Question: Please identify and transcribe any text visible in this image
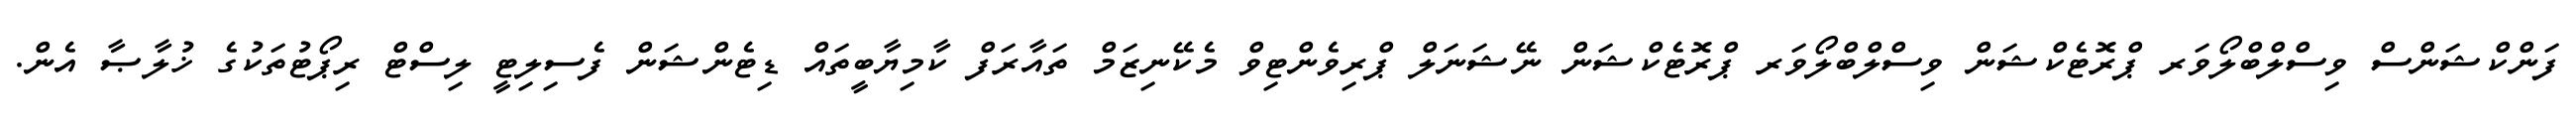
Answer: ފަންކްޝަންސް ވިސްލްބްލޯވަރ ޕްރޮޓެކްޝަން ވިސްލްބްލޯވަރ ޕްރޮޓެކްޝަން ނޭޝަނަލް ޕްރިވެންޓިވް މެކޭނިޒަމް ތައާރަފް ކާމިޔާބީތައް ޑިޓެންޝަން ފެސިލިޓީ ލިސްޓް ރިޕޯޓުތަކުގެ ޚުލާޞާ އެން.